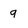
Character: 9